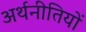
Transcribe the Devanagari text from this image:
अर्थनीतियों